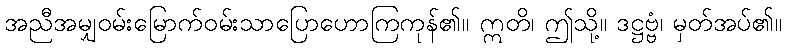
အညီအမျှဝမ်းမြောက်ဝမ်းသာပြောဟောကြကုန်၏။ ဣတိ၊ ဤသို့။ ဒဋ္ဌဗ္ဗံ၊ မှတ်အပ်၏။